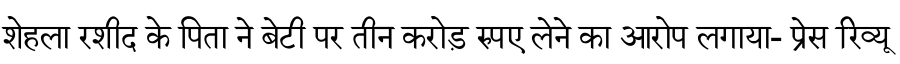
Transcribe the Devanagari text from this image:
शेहला रशीद के पिता ने बेटी पर तीन करोड़ रुपए लेने का आरोप लगाया- प्रेस रिव्यू